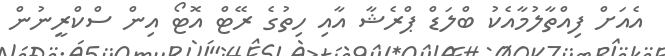
އެއަށް ފިއްތާލުމާއެކު ބްލަޑް ޕްރެޝާ އާއި ހިތުގެ ރޭޓް އޮޓޯ އިން ސްކްރީނުން